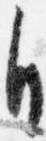
自